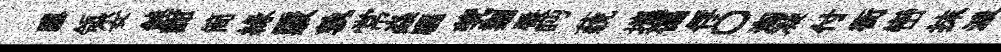
隳瓴妥鈍酣筒緣覈孰常焱驪茕剗蜃眄藐攜偏俘〇淘凝付衙巒抹派